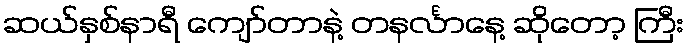
ဆယ်နှစ်နာရီ ကျော်တာနဲ့ တနင်္လာနေ့ ဆိုတော့ ကြီး